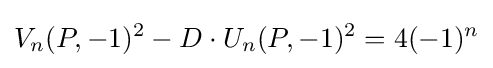
V_{n}(P,-1)^{2}-D\cdot U_{n}(P,-1)^{2}=4(-1)^{n}